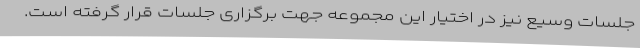
جلسات وسیع نیز در اختیار این مجموعه جهت برگزاری جلسات قرار گرفته است.